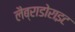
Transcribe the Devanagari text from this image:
लैब्राडोराइट